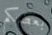
بعضكم